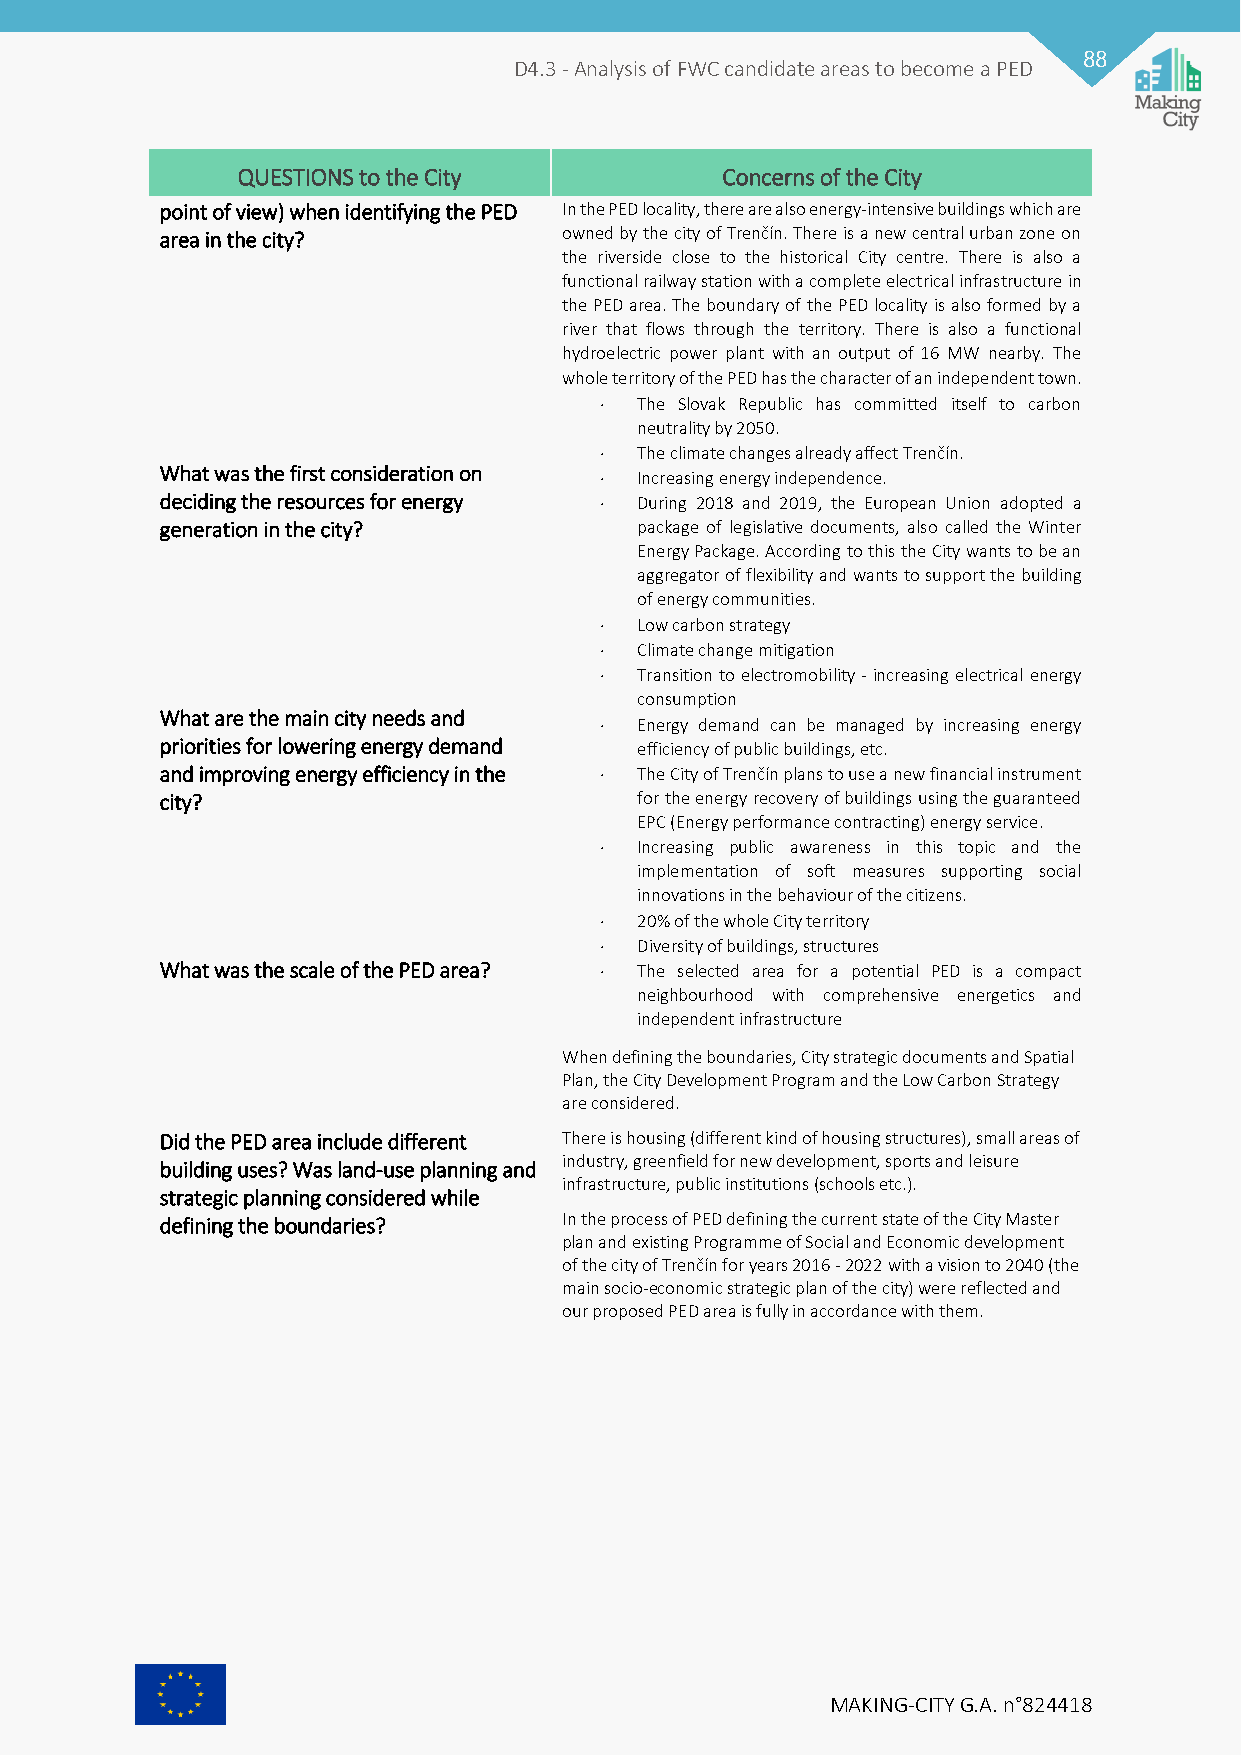
88
 D4.3 - Analysis of FWC candidate areas to become a PED
 QUESTIONS to the City           Concerns of the City
 point of view) when identifying the PED In the PED locality, there are also energy-intensive buildings which are
 area in the city?         owned by the city of Trenčín. There is a new central urban zone on
 the riverside close to the historical City centre. There is also a
 functional railway station with a complete electrical infrastructure in
 the PED area. The boundary of the PED locality is also formed by a
 river that flows through the territory. There is also a functional
 hydroelectric power plant with an output of 16 MW nearby. The
 whole territory of the PED has the character of an independent town.
  The Slovak Republic has committed itself to carbon
 neutrality by 2050.
  The climate changes already affect Trenčín.
 What was the first consideration on  Increasing energy independence.
 deciding the resources for energy  During 2018 and 2019, the European Union adopted a
 generation in the city?        package of legislative documents, also called the Winter
 Energy Package. According to this the City wants to be an
 aggregator of flexibility and wants to support the building
 of energy communities.
  Low carbon strategy
  Climate change mitigation
  Transition to electromobility - increasing electrical energy
 consumption
 What are the main city needs and
  Energy demand can be managed by increasing energy
 priorities for lowering energy demand efficiency of public buildings, etc.
 and improving energy efficiency in the  The City of Trenčín plans to use a new financial instrument
 city?                          for the energy recovery of buildings using the guaranteed
 EPC (Energy performance contracting) energy service.
  Increasing public awareness in this topic and the
 implementation of soft measures supporting social
 innovations in the behaviour of the citizens.
  20% of the whole City territory
  Diversity of buildings, structures
 What was the scale of the PED area?  The selected area for a potential PED is a compact
 neighbourhood with comprehensive energetics and
 independent infrastructure
 When defining the boundaries, City strategic documents and Spatial
 Plan, the City Development Program and the Low Carbon Strategy
 are considered.
 Did the PED area include different There is housing (different kind of housing structures), small areas of
 industry, greenfield for new development, sports and leisure
 building uses? Was land-use planning and
 infrastructure, public institutions (schools etc.).
 strategic planning considered while
 defining the boundaries?  In the process of PED defining the current state of the City Master
 plan and existing Programme of Social and Economic development
 of the city of Trenčín for years 2016 - 2022 with a vision to 2040 (the
 main socio-economic strategic plan of the city) were reflected and
 our proposed PED area is fully in accordance with them.
 MAKING-CITY G.A. n°824418